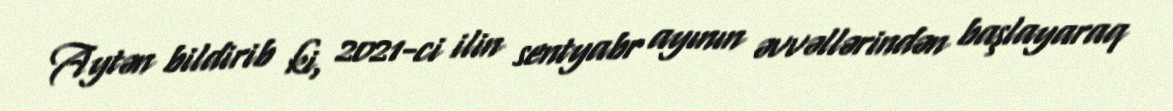
Aytən bildirib ki, 2021-ci ilin sentyabr ayının əvvəllərindən başlayaraq